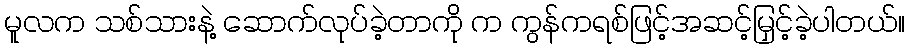
မူလက သစ်သားနဲ့ ဆောက်လုပ်ခဲ့တာကို က ကွန်ကရစ်ဖြင့်အဆင့်မြှင့်ခဲ့ပါတယ်။